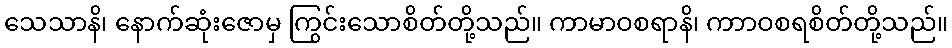
သေသာနိ၊ နောက်ဆုံးဇောမှ ကြွင်းသောစိတ်တို့သည်။ ကာမာဝစရာနိ၊ ကာာဝစရစိတ်တို့သည်။